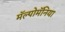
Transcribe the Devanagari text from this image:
मॅल्पोमॅनिया